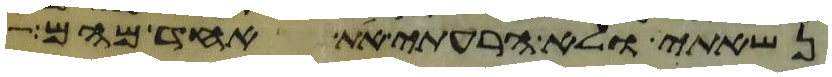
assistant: נשאתי ולא הרעתי את אחד מהם